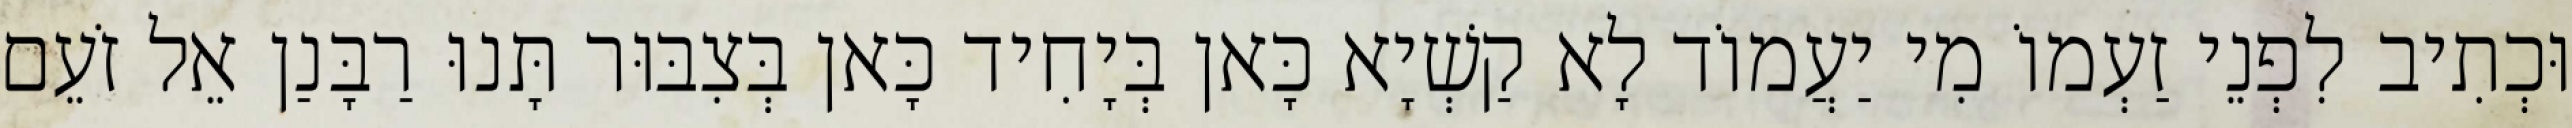
וּכְתִיב לִפְנֵי זַעְמוֹ מִי יַעֲמוֹד לָא קַשְׁיָא כָּאן בְּיָחִיד כָּאן בְּצִבּוּר תָּנוּ רַבָּנַן אֵל זֹעֵם